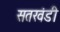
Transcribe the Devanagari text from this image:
सतखंडी